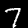
Label: 7